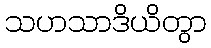
သဟသာဒိယိတွာ